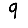
Digit: 9